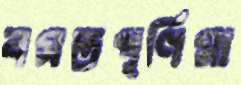
বসন্তপূর্ণিমা